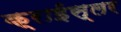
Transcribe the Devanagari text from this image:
क्राईस्लर